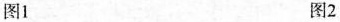
图1 图2